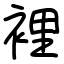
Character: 裡